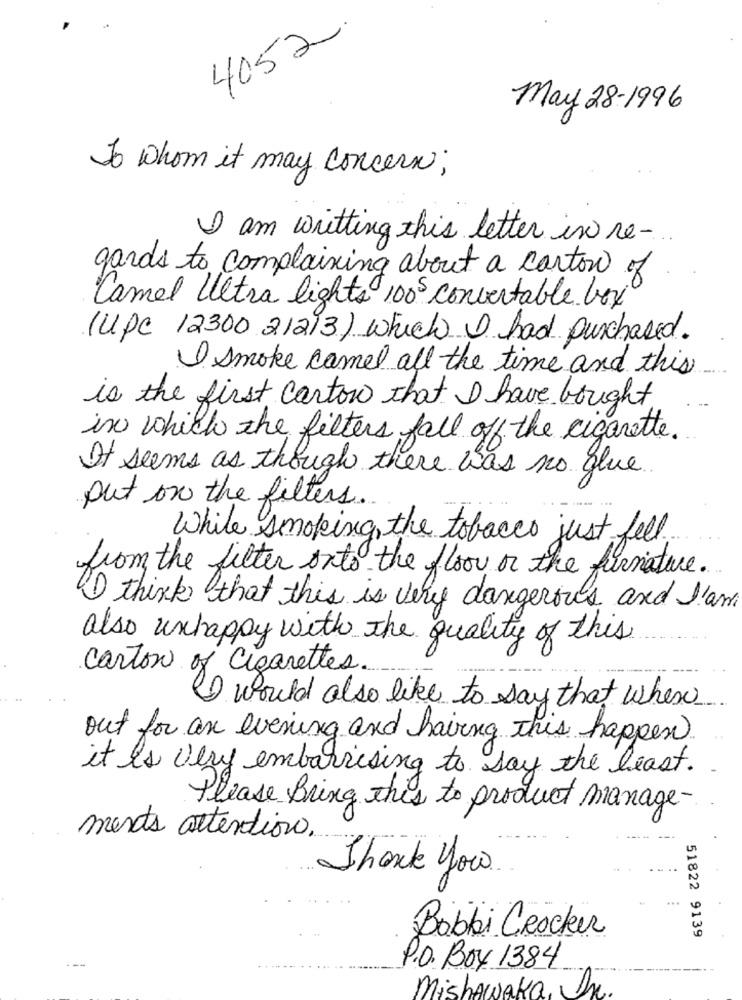
4052.
May 28-1996
To whom it may concern;
I am writting this letter in re-
gards to complaining about a carton of
Camel Ultra lights 100 convertable box
(upc 12300 21213) which I had purchased.
I smoke camel all the time and this
is the first carton that I have bought
in which the filters fall off the cigarette.
It seems as though there was no glue
put on the filters ..
While smoking, the tobacco just fell.
from the filter onto the floor or the furnature.
I think that this is very dangerous and I'am
also unhappy with the quality of this
carton of Cigarettes.
I would also like to say that where
out for an evening and having this happen
it is very embarrising to say the least.
Please Bring this to product manager-
ments attention.
Thank you.
Bobbi Crocker
51822 9139
P.O. Boy 1384
Mishawaka, In.